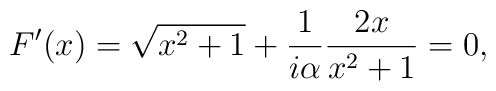
F'(x)=\sqrt{x^2+1}+{1\over i\alpha}{2x\over x^2+1}=0,